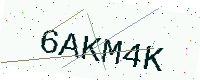
Text: 6AKM4K